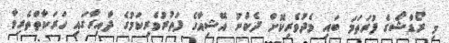
މި ރޯޑްޝޯގެ ފުރަތަމަ ބައި މެދުވެރިކޮށް ދެކުނު އޭޝިއާގެ ފަތުރުވެރިކަމުގެ ދާއިރާގައި ހަރަކާތްތެރިވާ